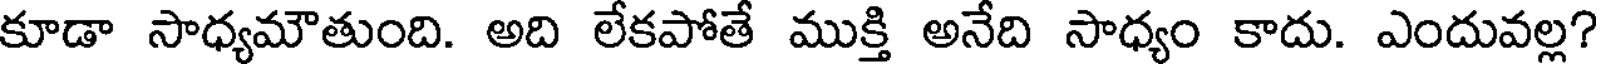
కూడా సాధ్యమౌతుంది. అది లేకపోతే ముక్తి అనేది సాధ్యం కాదు. ఎందువల్ల?